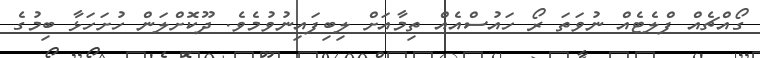
ގޯއްޗެއް ފްލެޓެއް ނުވަތަ ރޯ ހައުސްއެއް ތިމާއަށް ލިބިފައިނުވުމެވެ. ދޫކޮށްލަން ހުށަހަޅާ ބިމުގެ